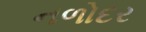
નળોદર